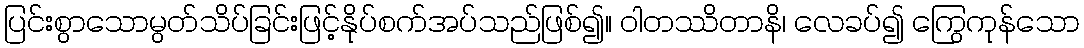
ပြင်းစွာသောမွတ်သိပ်ခြင်းဖြင့်နိုပ်စက်အပ်သည်ဖြစ်၍။ ဝါတဿိတာနိ၊ လေခပ်၍ ကြွေကုန်သော